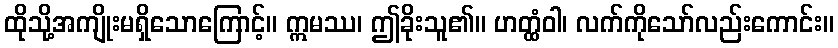
ထိုသို့အကျိုးမရှိသောကြောင့်။ ဣမဿ၊ ဤခိုးသူ၏။ ဟတ္ထံဝါ၊ လက်ကိုသော်လည်းကောင်း။